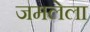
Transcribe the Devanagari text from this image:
जमलेला